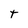
Character: t